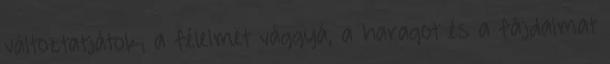
változtatjátok; a félelmet vággyá, a haragot és a fájdalmat